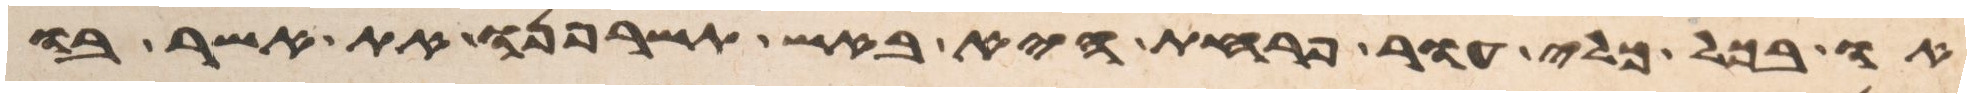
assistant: או בכל כלי עור פרחת היא באש תשרפנו את אשר בו